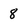
Character: 8